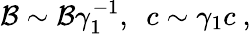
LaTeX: \mathcal{B}\sim\mathcal{B}\gamma_{1}^{-1},~~c\sim\gamma_{1}c\ ,